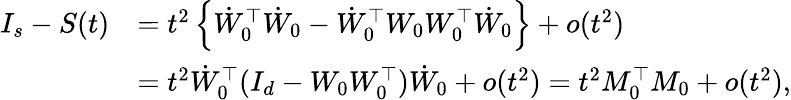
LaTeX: \begin{array}{rl}{I_{s}-S(t)}&{=t^{2}\left\{ \dot{W}_{0}^{\top}\dot{W}_{0}-\dot{W}_{0}^{\top}W_{0}W_{0}^{\top}\dot{W}_{0}\right\} +o(t^{2})}\\ &{=t^{2}\dot{W}_{0}^{\top}(I_{d}-W_{0}W_{0}^{\top})\dot{W}_{0}+o(t^{2})=t^{2}M_{0}^{\top}M_{0}+o(t^{2}),}\end{array}